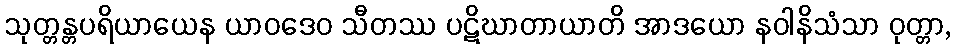
သုတ္တန္တပရိယာယေန ယာဝဒေဝ သီတဿ ပဋိဃာတာယာတိ အာဒယော နဝါနိသံသာ ဝုတ္တာ,